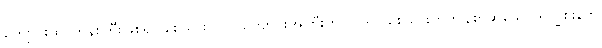
ကျောင်းထိုင်ဘုန်းကြီးဖြစ်ရပါစေသား (ဝါ) ကျောင်းအိုကြီးကို ပြင်ရပါစေသားဟုကျိန်စာဆိုသော ရုက္ခစိုးနတ်